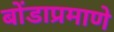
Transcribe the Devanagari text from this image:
बोंडाप्रमाणे